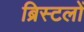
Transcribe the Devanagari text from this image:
ब्रिस्टलों